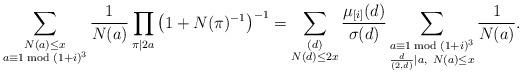
LaTeX: \begin{align*} \sum_{\substack{N(a) \leq x \\ a \equiv 1 \bmod {(1+i)^3}}} \frac{1}{N(a)}\prod_{\pi | 2a} \left( 1+N(\pi)^{-1} \right)^{-1}=\sum_{\substack{ (d) \\ N(d) \leq 2x}}\frac {\mu_{[i]}(d)}{\sigma(d)}\sum_{\substack{a \equiv 1 \bmod {(1+i)^3} \\ \frac {d}{(2,d)}|a,\ N(a) \leq x}} \frac{1}{N(a)}.\end{align*}